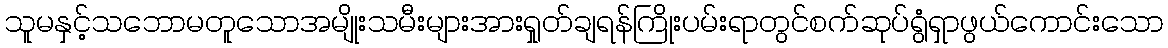
သူမနှင့်သဘောမတူသောအမျိုးသမီးများအားရှုတ်ချရန်ကြိုးပမ်းရာတွင်စက်ဆုပ်ရွံရှာဖွယ်ကောင်းသော